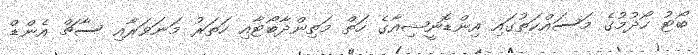
ބޯޓު ހޯދުުމުގެ މަސައްކަތުގައި އިންޑޮނީޝިއާގެ ހަތް މަތިންދާބޯޓާއި ހަތަރު މަނަވަރާއި ސާޗް އެންޑް